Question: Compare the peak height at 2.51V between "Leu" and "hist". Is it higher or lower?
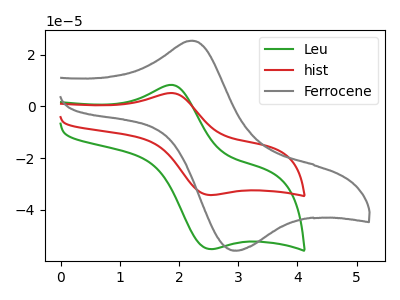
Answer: <think>The green curve "Leu" has an anodic peak at (1.85V, 8.30uA) and a cathodic peak at (2.50V, -55.15uA). The red curve "hist" has an anodic peak at (1.85V, 5.15uA) and a cathodic peak at (2.50V, -34.25uA). The gray curve "Ferrocene" has an anodic peak at (2.25V, 25.40uA) and a cathodic peak at (3.00V, -55.75uA).</think>
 <answer>The peak at 2.51V is higher in "Leu" than in "hist".</answer>
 <eval>higher</eval>